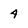
Character: 4